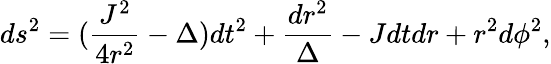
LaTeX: ds^{2}=(\frac{J^{2}}{4r^{2}}-\Delta)dt^{2}+\frac{dr^{2}}{\Delta}-Jdtdr+r^{2}d\phi^{2},